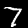
Label: 7